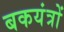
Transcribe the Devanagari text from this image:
बकयंत्रों